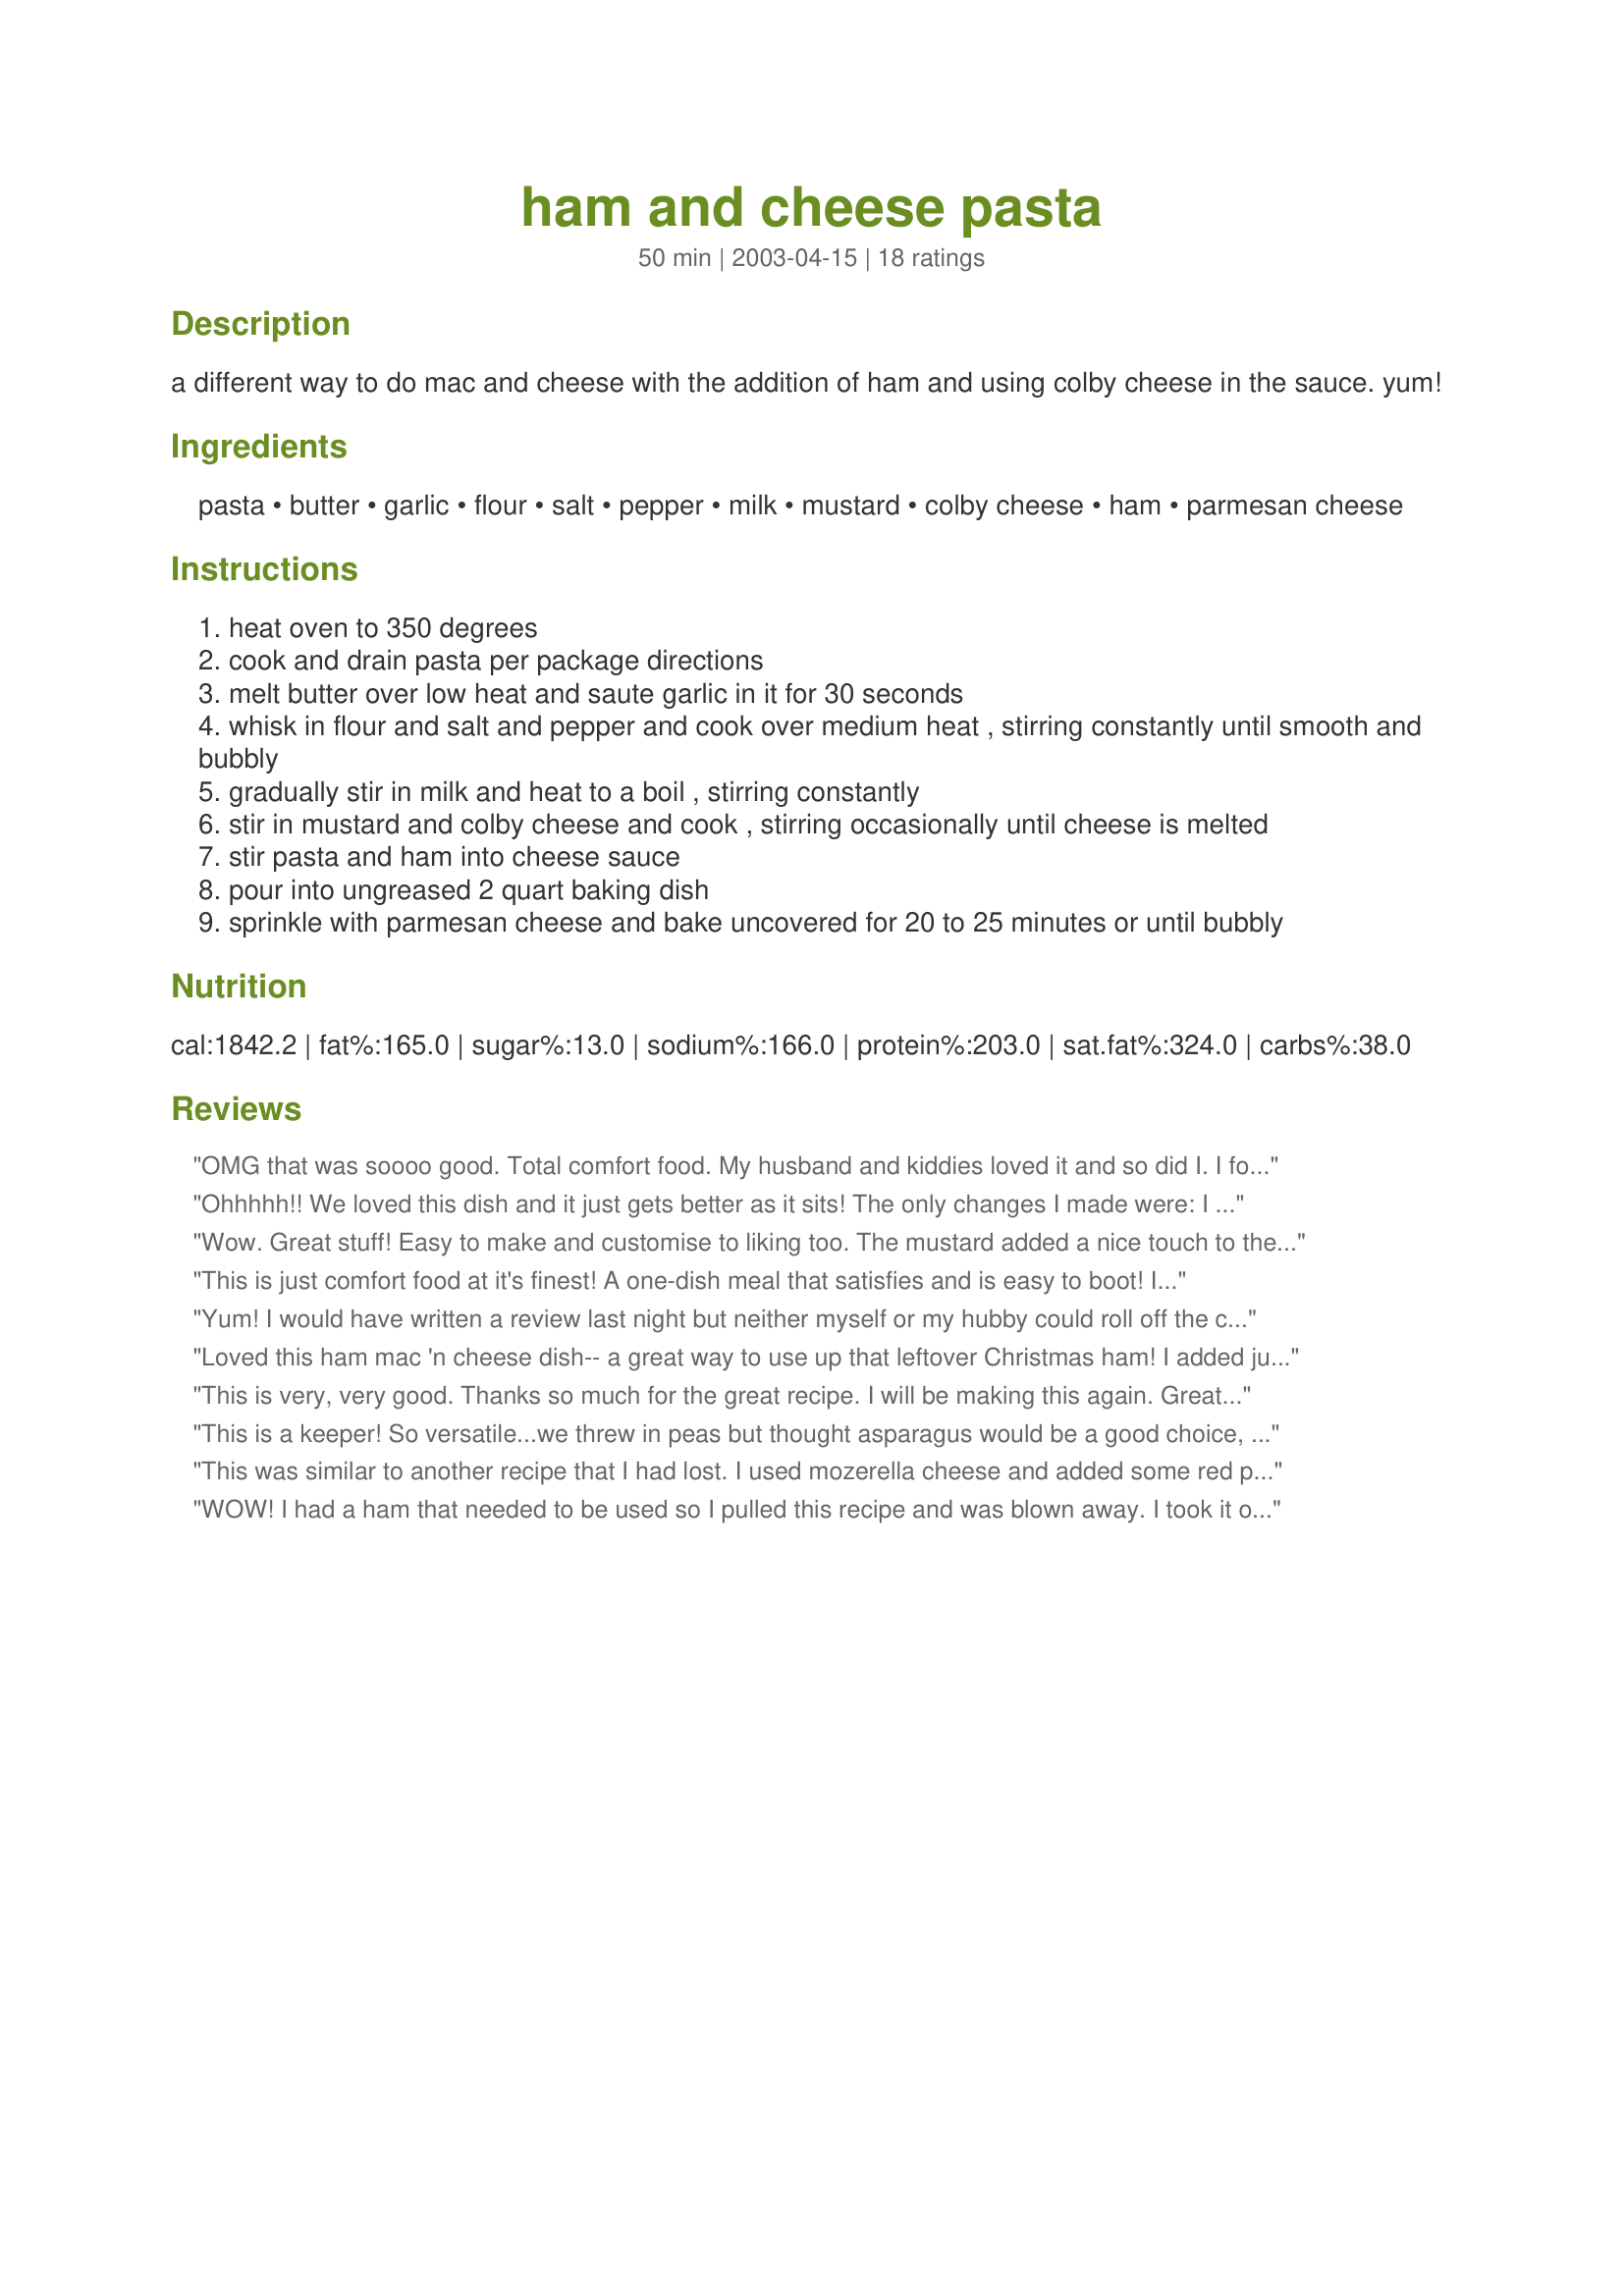
ham and cheese pasta
Preparation time: 50 minutes

a different way to do mac and cheese with the addition of ham and using colby cheese in the sauce. yum!

Ingredients:
pasta, butter, garlic, flour, salt, pepper, milk, mustard, colby cheese, ham, parmesan cheese

Steps:
heat oven to 350 degrees
cook and drain pasta per package directions
melt butter over low heat and saute garlic in it for 30 seconds
whisk in flour and salt and pepper and cook over medium heat , stirring constantly until smooth and bubbly
gradually stir in milk and heat to a boil , stirring constantly
stir in mustard and colby cheese and cook , stirring occasionally until cheese is melted
stir pasta and ham into cheese sauce
pour into ungreased 2 quart baking dish
sprinkle with parmesan cheese and bake uncovered for 20 to 25 minutes or until bubbly

Reviews:
OMG that was soooo good. Total comfort food. My husband and kiddies loved it and so did I. I followed the recipe except used 2 cups shredded cheese and a cup of velveeta since that was all I had and we are gourmet like that. It was still amazing!
Ohhhhh!! We loved this dish and it just gets better as it sits! The only changes I made were: I used about 12 oz of rigatoni pasta and only 3 cups of various shredded cheese since that was all I had on hand. The results were wonderful and very creamy. Didn't even miss the other 1/2 cp of cheese. Can't wait to have the leftovers today - thanks for posting!
Wow. Great stuff! Easy to make and customise to liking too. The mustard added a nice touch to the recipe. I used honey mustard - goes well with ham :)
This is just comfort food at it's finest! A one-dish meal that satisfies and is easy to boot! I can't say anymore - I'm too full! Thanks!
Yum! I would have written a review last night but neither myself or my hubby could roll off the couch! What a great comfort food! I doubled the recipe so I could have some for lunch at work and it turned out beautifully! Thanks!
Loved this ham mac 'n cheese dish-- a great way to use up that leftover Christmas ham! I added just a little more pasta than the recipe called for to stretch it just a little further. Love the bechamel sauce and think that, altogether, this is an easy, quick way to put a nice, tasty, hot meal on the table. The parmesan cheese was awesome and next time, I would use a little more on the top-- the unexpected flavor it lends to the traditional mac 'n cheese taste was absolute yumminess. I served this alongside Recipe #43390. Thank you!
This is very, very good. Thanks so much for the great recipe. I will be making this again. Great when you have left-over ham.
This is a keeper! So versatile...we threw in peas but thought asparagus would be a good choice, too. The kids gobbled it up (which is unusual for my crew)! Thank you for a delicious recipe that we'll make weekly from now on.
This was similar to another recipe that I had lost. I used mozerella cheese and added some red pepper and it came out delicious. Just like the one I was looking for. Family loves it too.
WOW! I had a ham that needed to be used so I pulled this recipe and was blown away. I took it over to a friend's house for dinner and it was devoured! I doubled the recipe and added a little extra garlic and, sad to say, there was none left over to bring home to my son! Excellent recipe - thanks!
Everyone in my family enjoyed this too, even my Kraft-dinner daughter. Had no Colby so substituted medium cheddar. I wasn't sure what kind of mustard so I used a brown mustard then threw in a pinch of dry mustard as well for a slight hint of heat.
I wasn't crazy about this the day it was made, but thought it was much better the next day. Thanks for sharing.
Mmmmm, this was sooo good! I used 2 cups of cheddar cheese and one cup of colby jack, and I used about 12 ounces of pasta, and it was amazing. My fiance says I need to save the recipe for when we have kids because they'll love it! And it makes way more than two servings, we both ate all we could, and I still have enough for our lunches tomorrow. Thanks for the yummy recipe!
Awesome! Rich, creamy, cheesey and delicious! I doubled the recipe and my sons (and DH) couldn't get enough of it. I served steamed broccoli on the side. I sprinkled a little paprika on top before baking. I also used a little bit more milk to thin the sauce a wee bit. Thanx for a great family-pleaser. I'll be making this again.
Great! My whole family loved this! Went together in a flash, with ingredients I always have around, except I did use cheddar. Suggest using fresh garlic, I was suprised how much flavor it gave the rich creamy sauce. Wonderful on a cold day and a great use for leftover ham. Thanks, Marie, for sharing the recipe!
This recipe was great!It was very easy to make,uses very basic ingredients and was absolutely delicous!I am not known to be the greatest of cooks and my husband is a somewhat picky eater.but he could not rave enough about this!He said"you finally got it right"...lol.Leftovers were just as good or maybe even better if that is possible.
I made a few small changes according to what I had on hand.I used half colby cheese and half cheddar.I also used garlic powder instead of real garlic.It did not specify pasta type,so I used penne.I think that was a perfect choice.Thank you Marie for posting such an all around great recipe.this one is definitely a keeper!

This was very tasty! I used 12 oz of bow-tie pasta, which was great with the thick cheese sauce. I also used colby/jack cheese. The garlic and mustard added a nice flavor.
Yummy just like mac and cheese, but feels a tiny bit more sophisticated.
